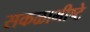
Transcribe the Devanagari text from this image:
सकळाभीष्टे